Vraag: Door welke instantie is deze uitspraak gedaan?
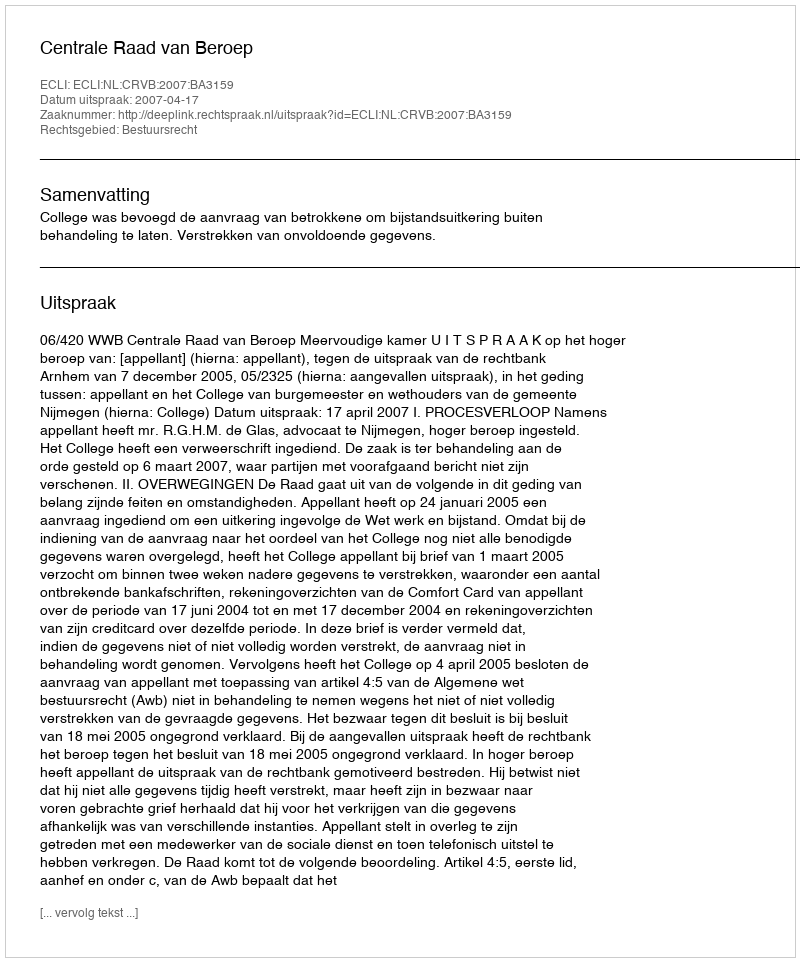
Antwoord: Centrale Raad van Beroep